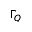
\Gamma _ { Q }